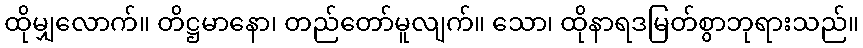
ထိုမျှလောက်။ တိဋ္ဌမာနော၊ တည်တော်မူလျက်။ သော၊ ထိုနာရဒမြတ်စွာဘုရားသည်။